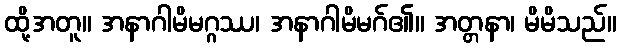
ထို့အတူ။ အနာဂါမိမဂ္ဂဿ၊ အနာဂါမိမဂ်၏။ အတ္တနာ၊ မိမိသည်။